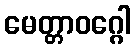
မေတ္တာဝဂ္ဂေါ